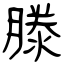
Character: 滕